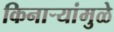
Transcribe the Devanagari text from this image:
किनाऱ्यांमुळे